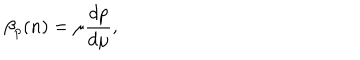
LaTeX: \beta _ { p } ( n ) = \mu \frac { d p } { d \mu } ,